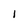
Character: l